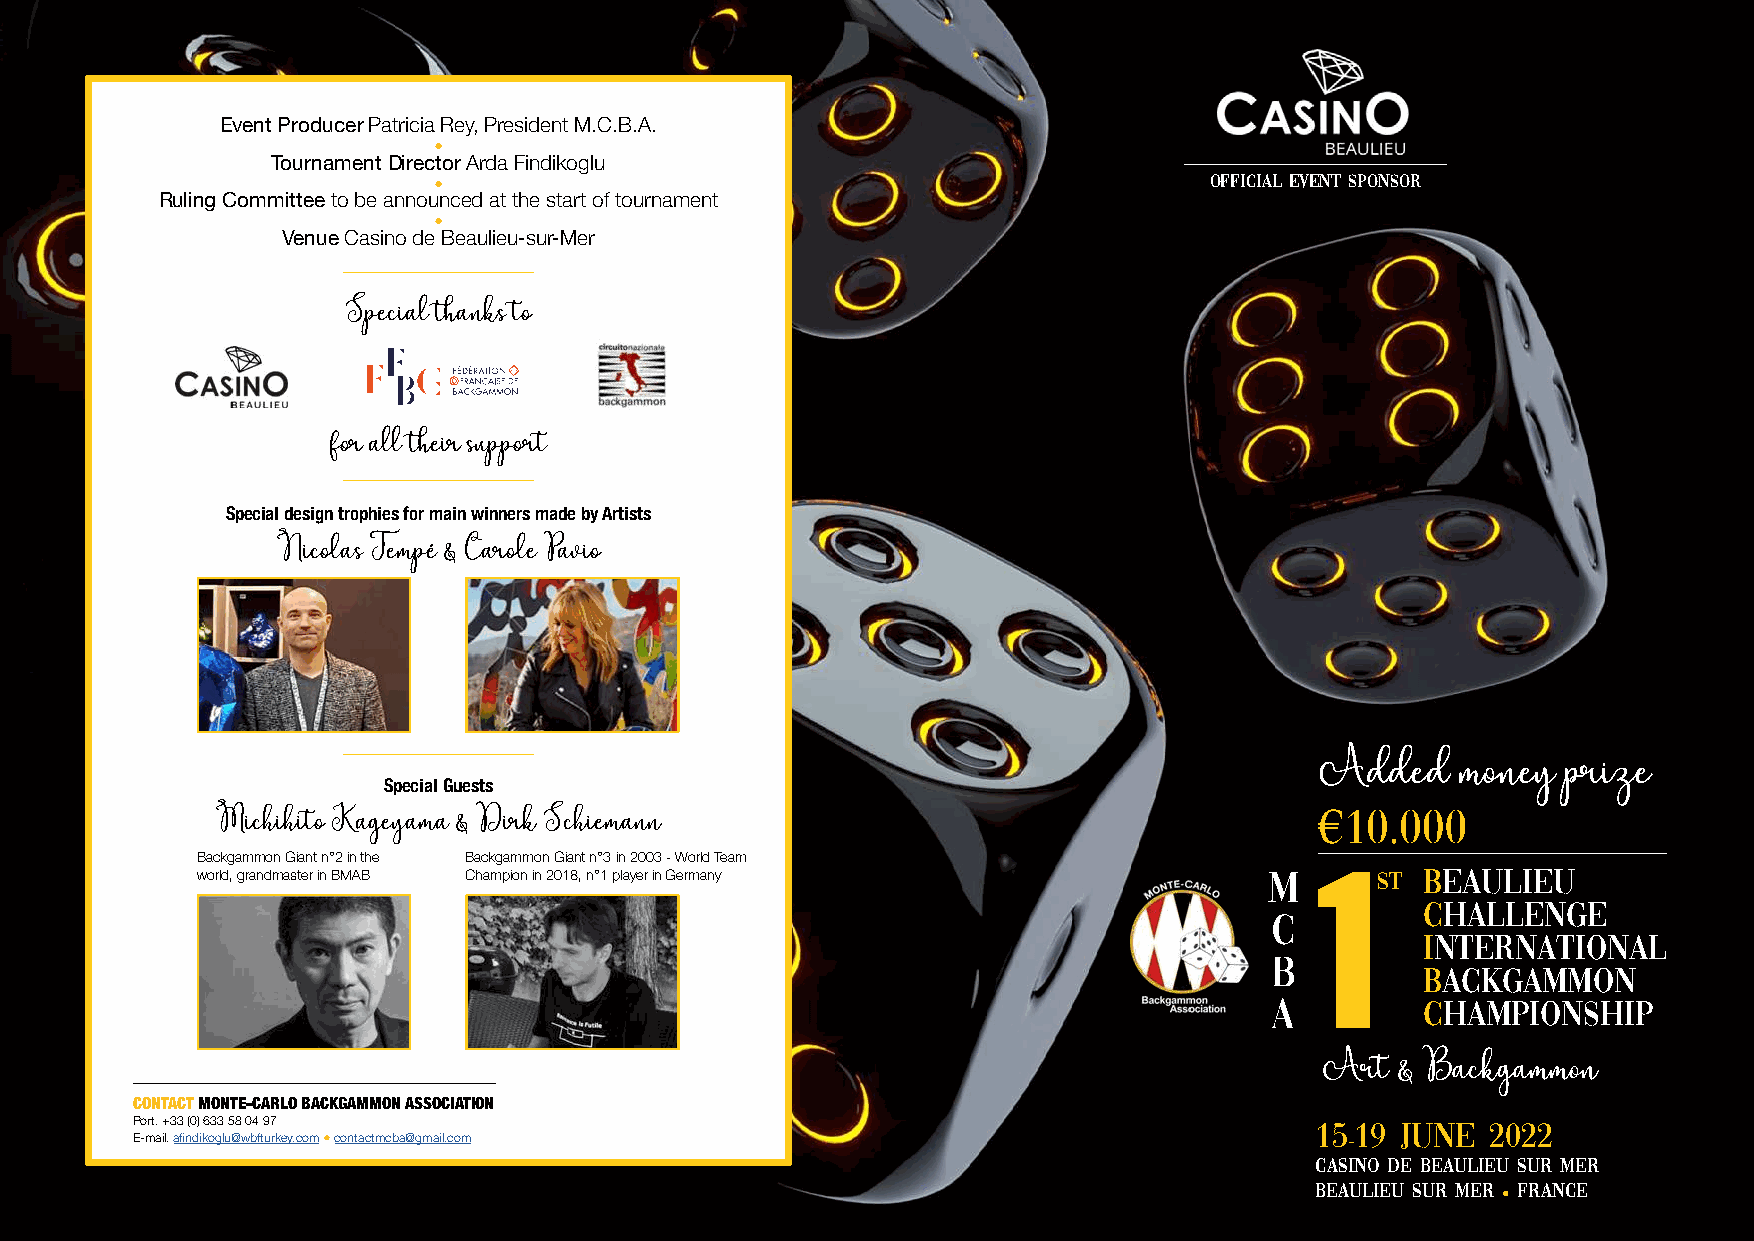
Event Producer Patricia Rey, President M.C.B.A.
 ●
 Tournament Director Arda Findikoglu
 OFFICIAL EVENT SPONSOR
 ●
 Ruling Committee to be announced at the start of tournament
 ●
 Venue Casino de Beaulieu-sur-Mer
 Special thanks to
 for all their support
 Special design trophies for m ain winners made by Artists
 Nicolas Tempé & Carole Pavio
 Special Guests
 A €10d.d0e0d0 money prize
 Michihito Kageyama & Dirk Schiemann
 Backgammon Giant n°2 in the Backgammon Giant n°3 in 2003 - World Team
 world, grandmaster in BMAB Champion in 2018, n°1 player in Germany            st Beaulieu
 CHALLENGE
 1
 INTERNATIONAL
 BACKGAMMON
 Championship
 Art  & Backgammon
 CONTACT MONTE-CARLO BACKGAMMON ASSOCIATION
 Port. +33 (0) 633 58 04 97                                                    1519  june  2022
 E-mail. afindikoglu@wbfturkey.com ● contactmcba@gmail.com                       -
 casino de beaulieu sur mer
 beaulieu sur mer FRANCE
 ●